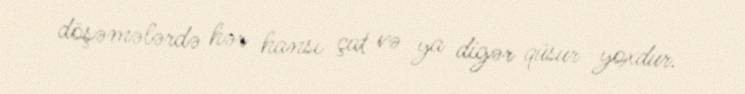
döşəmələrdə hər hansı çat və ya digər qüsur yoxdur.